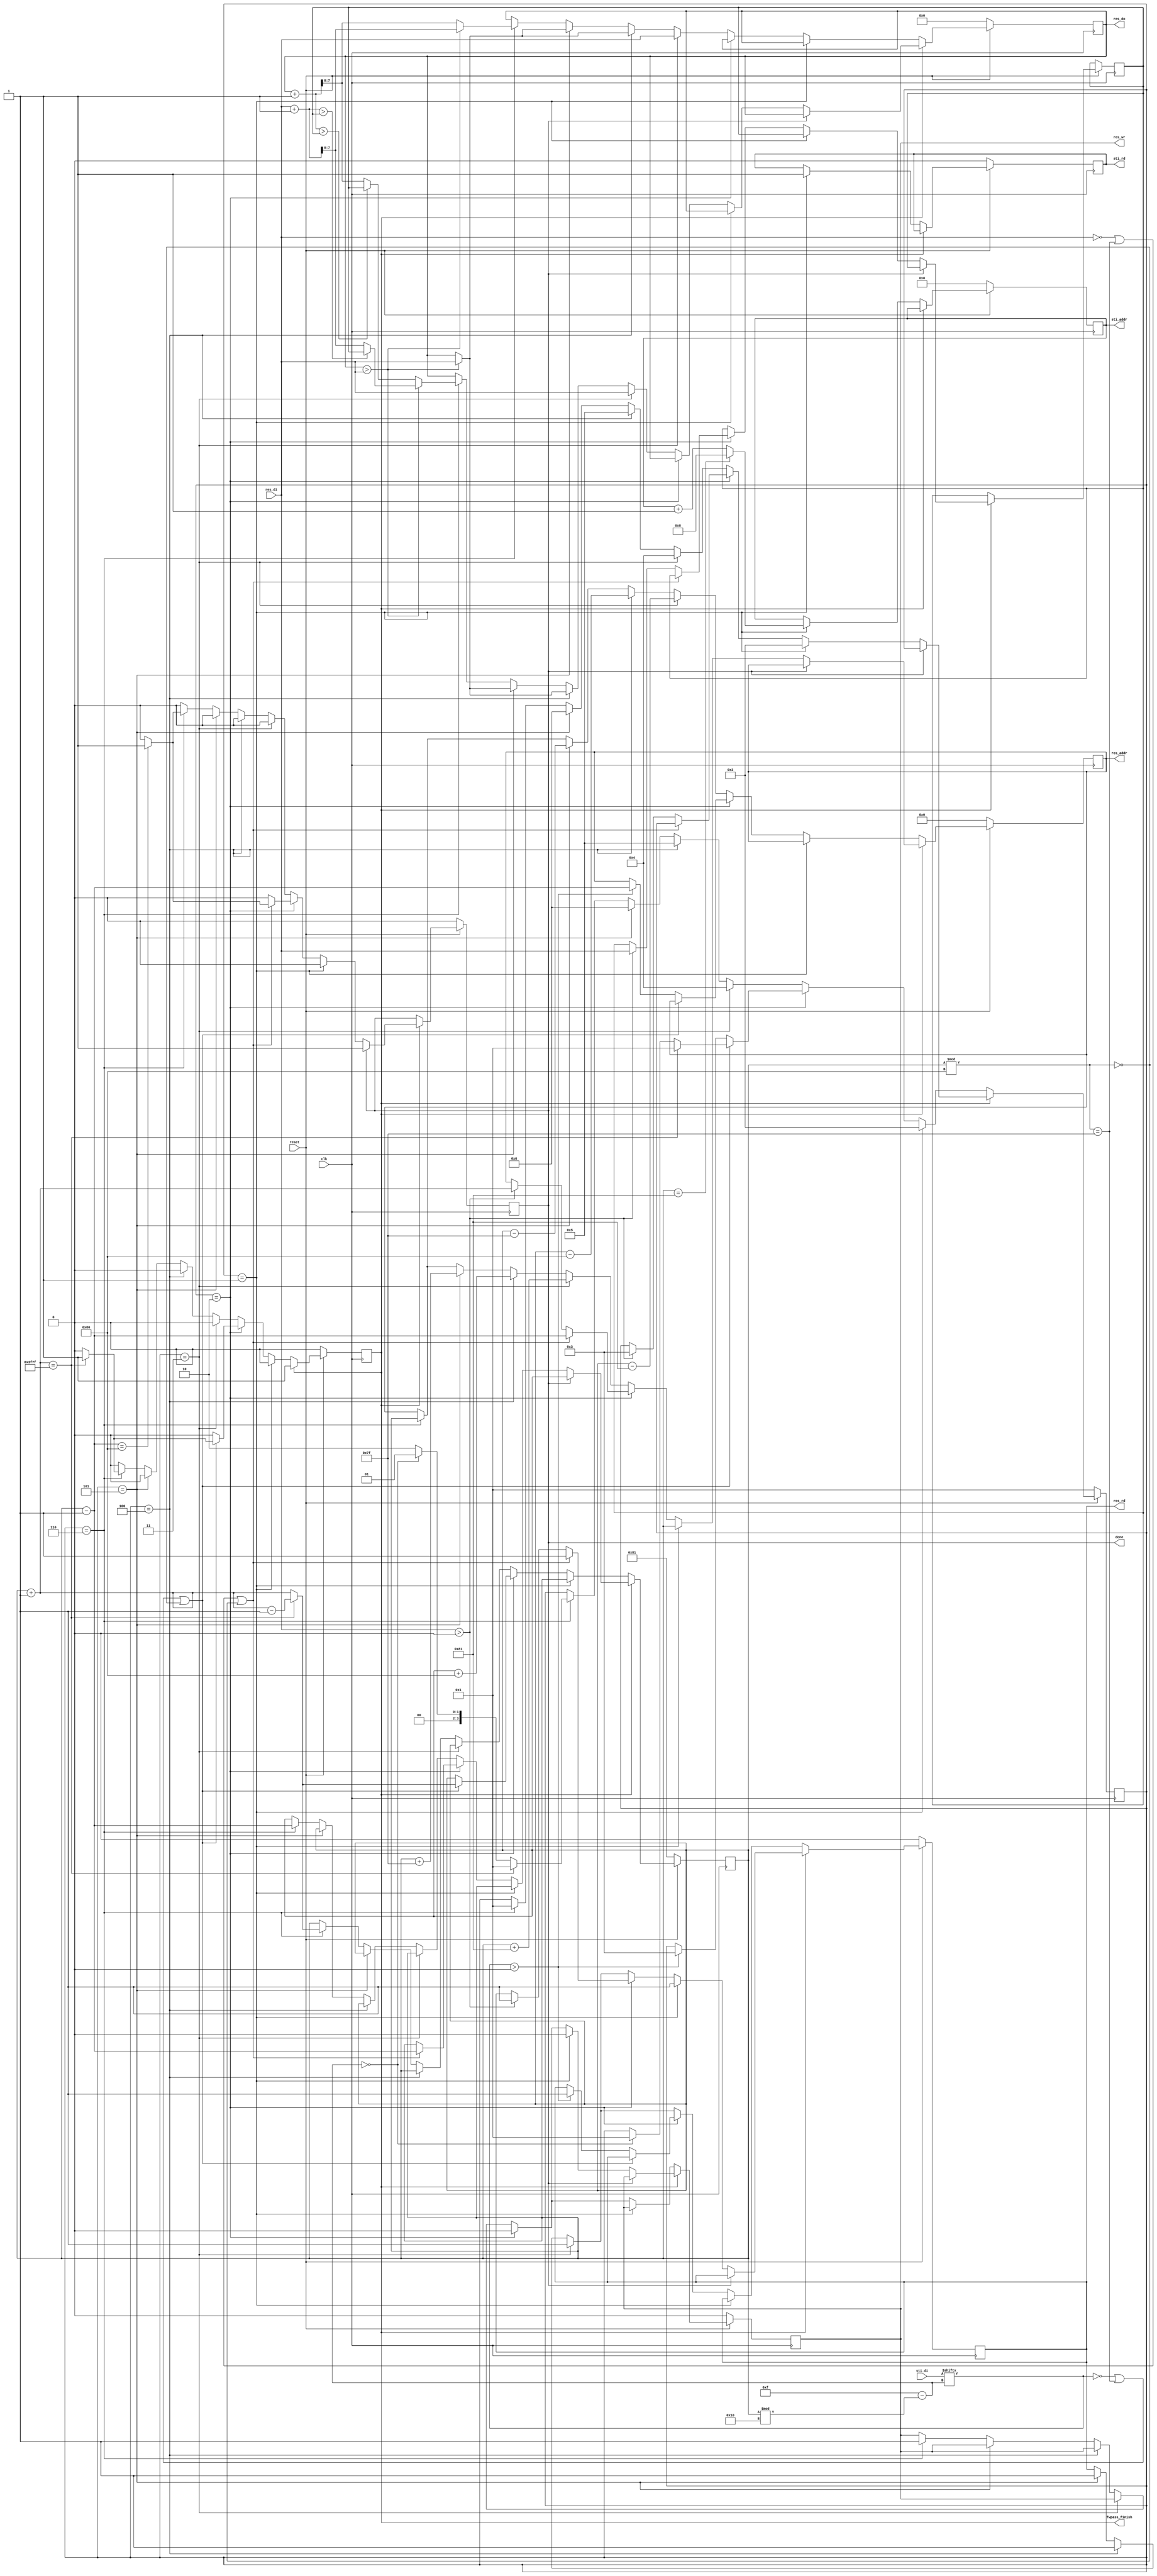
module DT(
	input 			clk, 
	input			reset,
	output	reg		done ,
	output	reg		sti_rd ,
	output	reg 	[9:0]	sti_addr ,
	input		[15:0]	sti_di,
	output	reg		res_wr ,
	output	reg		res_rd ,
	output	reg 	[13:0]	res_addr ,
	output	reg 	[7:0]	res_do,
	input		[7:0]	res_di,
	output  reg fwpass_finish
	);

	reg[13:0] count ;
	reg[15:0] now_process ;
	reg[3:0] state ;
	reg[7:0] bc_pixel ;


	always @( posedge clk ) begin
		if ( !reset ) begin
			done = 0 ;
			sti_rd = 0 ;
			sti_addr = 0 ;
			res_addr = 0 ;
			res_wr = 0 ;
			res_rd = 0 ;
			res_do = 0 ;
			fwpass_finish = 0 ;
			count = 14'b00000010000001 ;
			state = 1 ;
		end
		else if ( !fwpass_finish ) begin
			if ( state == 1 ) begin
				sti_rd = 1 ;
				if ( count == 129 ) begin
					sti_addr = 8 ;
				end
				else begin
					sti_addr = sti_addr + 1 ;
				end
			
				state = 2 ;
			end
			else if ( state == 2 ) begin
				res_wr = 0 ;
				if ( sti_di[15 - count % 16] == 0 || count % 128 == 127 || count % 128 == 0 ) begin
					if ( 15 - count % 16 == 0 ) begin
						state = 1 ;
					end
					count = count + 1 ;
					if ( count == 16255 ) begin
						fwpass_finish = 1 ;
						state = 1 ;
						count = count - 1 ;
					end
				end
				else if ( sti_di[15 - count % 16] > 0 ) begin
					res_rd = 1 ;
					res_addr = count - 1 ;
					state = 3 ;
				end

			end
			else if ( state == 3 ) begin
				res_do = res_di ;
				res_addr = count - 129 ;
				res_rd = 1 ;
				state = 4 ;
			end
			else if ( state == 4 ) begin
				if ( res_do > res_di ) begin
					res_do = res_di ;
				end

				res_addr = count - 128 ;
				res_rd = 1 ;
				state = 5 ;
			end
			else if ( state == 5 ) begin
				if ( res_do > res_di ) begin
					res_do = res_di ;
				end

				res_addr = count - 127 ;
				res_rd = 1 ;
				state = 6 ;
			end
			else if ( state == 6 ) begin
				if ( res_do > res_di ) begin
					res_do = res_di + 1 ;
				end
				else begin
					res_do = res_do + 1 ;
				end

				// res_do = res_do + 1 ;
				res_addr = count ;
				res_wr = 1 ;

				if ( 15 - count % 16 == 0 ) begin
					state = 1 ;
				end
				else begin
					state = 2 ;
				end

				count = count + 1 ;
				if ( count == 16255 ) begin
					fwpass_finish = 1 ;
					state = 1 ;
					count = count - 1 ;
				end

			end
		end
		else if ( !done ) begin
			if ( state == 1 ) begin
				res_wr = 0 ;
				res_rd = 1 ;
				res_addr = count ;
				state = 2 ;
			end
			else if ( state == 2 ) begin
				res_wr = 0 ;
				
				if ( res_di == 0 || count % 128 == 127 || count % 128 == 0 ) begin
					count = count - 1 ;
					res_rd = 1 ;
					res_addr = count ;
					if ( count == 128 ) begin
						done = 1 ;
					end
				end
				else if ( res_di > 0 ) begin
					bc_pixel = res_di ;
					res_rd = 1 ;
					res_addr = count + 1 ;
					state = 3 ;
				end

			end
			else if ( state == 3 ) begin
				res_do = res_di ;
				res_addr = count + 129 ;
				res_rd = 1 ;
				state = 4 ;
			end
			else if ( state == 4 ) begin
				if ( res_do > res_di ) begin
					res_do = res_di ;
				end

				res_addr = count + 128 ;
				res_rd = 1 ;
				state = 5 ;
			end
			else if ( state == 5 ) begin
				if ( res_do > res_di ) begin
					res_do = res_di ;
				end

				res_addr = count + 127 ;
				res_rd = 1 ;
				state = 6 ;
			end
			
			else if ( state == 6 ) begin

				if ( res_do > res_di ) begin
					if ( res_di + 1 > bc_pixel ) begin
						res_do = bc_pixel ;
					end
					else begin
						res_do = res_di + 1 ;
					end
				end
				else begin
					if ( res_do + 1 > bc_pixel ) begin
						res_do = bc_pixel ;
					end
					else begin
						res_do = res_do + 1 ;
					end
				end
				
				
				res_addr = count ;
				res_wr = 1 ;
				state = 1 ;


				count = count - 1 ;
				if ( count == 128 ) begin
					done = 1 ;
				end

			end
		end
	end
endmodule